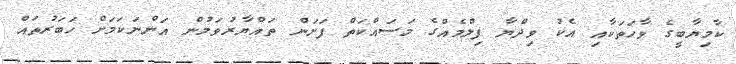
ކާމިޔާބީގެ ވާހަތަކާއި އެކު ވިދްޔާ ފިލްމެއްގެ މަސައްކަތް ފަށަން ތައްޔާރުވަމުން އަންނަކަމަށް ހަބަރުތައް